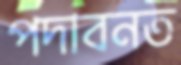
পদাবনত